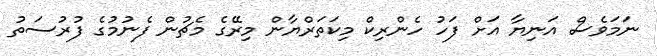
ނަމަވެސް އަނިޔާ އަށް ފަހު ހެންރިކް މިކަތަރްޔާން މިރޭގެ މެޗުން ފެނުމުގެ ފުރުސަތު